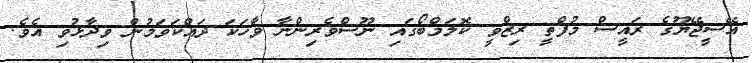
އޭސީޖޭޔޫގެ ރައީސް މުފްތީ ރިޒްވީ ކޮލަމްބޯގައި ނޫސްވެރިންނާ ވާހަކަ ދައްކަވަމުން ވިދާޅުވި އެވެ.